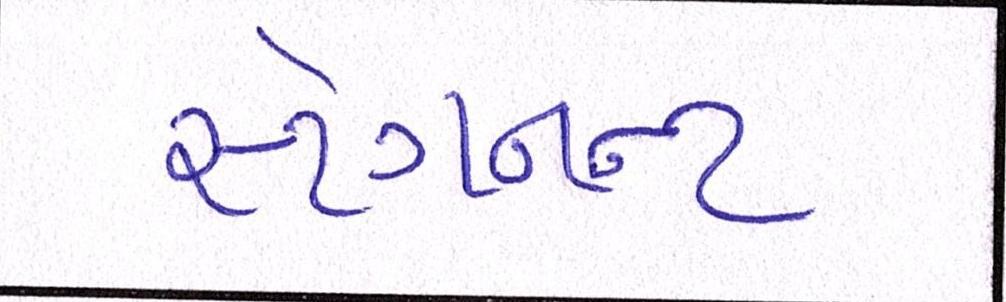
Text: સ્ટેગનન્ટ